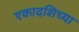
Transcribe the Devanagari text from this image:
एकादशिच्या